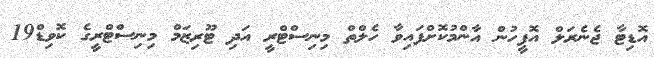
އޮޑިޓާ ޖެނެރަލް އޮފީހުން އާންމުކޮށްފައިވާ ހެލްތް މިނިސްޓްރީ އަދި ޓޫރިޒަމް މިނިސްޓްރީގެ ކޮވިޑް19